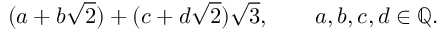
( a + b { \sqrt { 2 } } ) + ( c + d { \sqrt { 2 } } ) { \sqrt { 3 } } , \qquad a , b , c , d \in \mathbb { Q } .